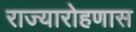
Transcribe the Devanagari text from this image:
राज्यारोहणास